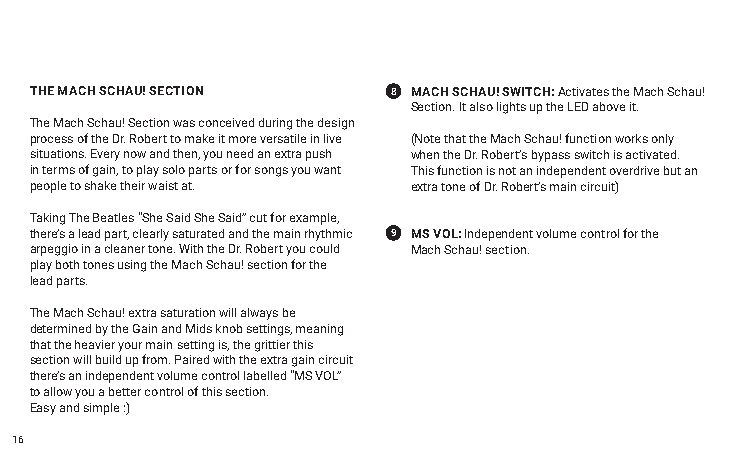
THE MACH SCHAU! SECTION 8 MACH SCHAU! SWITCH: Activates the Mach Schau!
 Section. It also lights up the LED above it.
 The Mach Schau! Section was conceived during the design
 process of the Dr. Robert to make it more versatile in live (Note that the Mach Schau! function works only
 situations. Every now and then, you need an extra push when the Dr. Robert’s bypass switch is activated.
 in terms of gain, to play solo parts or for songs you want This function is not an independent overdrive but an
 people to shake their waist at. extra tone of Dr. Robert’s main circuit)
 Taking The Beatles “She Said She Said” cut for example,
 there’s a lead part, clearly saturated and the main rhythmic 9 MS VOL: Independent volume control for the
 arpeggio in a cleaner tone. With the Dr. Robert you could Mach Schau! section.
 play both tones using the Mach Schau! section for the
 lead parts.
 The Mach Schau! extra saturation will always be
 determined by the Gain and Mids knob settings, meaning
 that the heavier your main setting is, the grittier this
 section will build up from. Paired with the extra gain circuit
 there’s an independent volume control labelled “MS VOL”
 to allow you a better control of this section.
 Easy and simple :)
 16